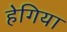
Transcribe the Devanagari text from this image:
हेगिया